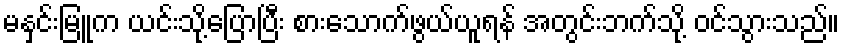
မနှင်းမြူက ယင်းသို့ပြောပြီး စားသောက်ဖွယ်ယူရန် အတွင်းဘက်သို့ ဝင်သွားသည်။